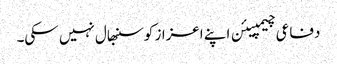
دفاعی چیمپیئن اپنے اعزاز کو سنبھال نہیں سکی۔